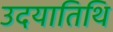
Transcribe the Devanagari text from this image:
उदयातिथि